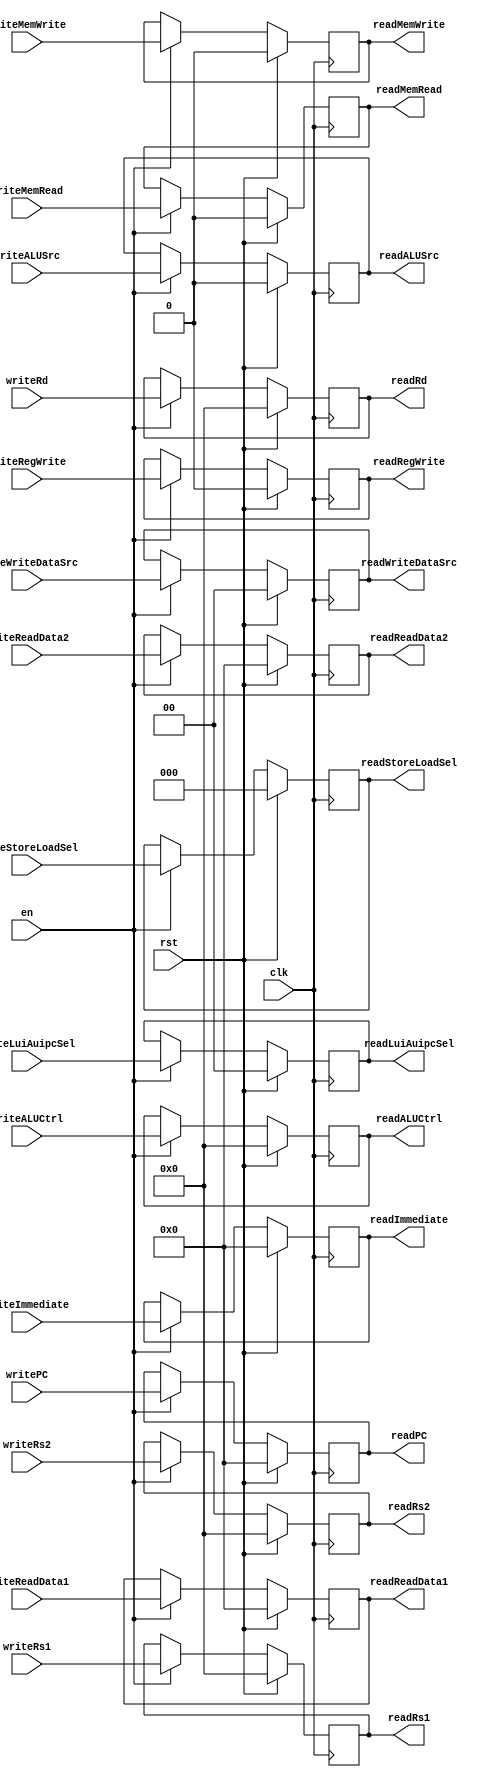
module IDEXRegs(
    input clk,
    input rst,
    input en,

    //Inputs
    input [31:0]    writePC,     //32 or 64 bits
    input [31:0]    writeReadData1,
    input [31:0]    writeReadData2,
    input [31:0]    writeImmediate,
    input [4:0]     writeRs1,
    input [4:0]     writeRs2,
    input [4:0]     writeRd,
    input           writeRegWrite,
    input [1:0]     writeWriteDataSrc,
    input [2:0]     writeStoreLoadSel,
    input           writeMemWrite,
    input           writeMemRead,
    input           writeALUSrc,
    input [1:0]     writeLuiAuipcSel,
    input [4:0]     writeALUCtrl,

    //DEBUG
    `ifdef DEBUGINSTRUCTION
        input [31:0]    writeInstruction,
        output [31:0]   readInstruction,
    `endif
    
    //Outputs
    output [31:0]   readPC,     //32 or 64 bits
    output [31:0]   readReadData1,
    output [31:0]   readReadData2,
    output [31:0]   readImmediate,
    output [4:0]    readRs1,
    output [4:0]    readRs2,
    output [4:0]    readRd,
    output          readRegWrite,
    output [1:0]    readWriteDataSrc,
    output [2:0]    readStoreLoadSel,
    output          readMemWrite,
    output          readMemRead,
    output          readALUSrc,
    output [1:0]     readLuiAuipcSel,
    output [4:0]    readALUCtrl
);

// Datapath
reg [31:0]  regPC;
reg [31:0]  regReadData1;
reg [31:0]  regReadData2;
reg [31:0]  regImmediate;
reg [4:0]   regRd;
`ifdef DEBUGINSTRUCTION
    reg [31:0]  regInstruction;
`endif

// Control
//To WB
reg regRegWrite;
reg [1:0] regWriteDataSrc;
//To MEM
reg [2:0] regStoreLoadSel;
reg regMemWrite;
reg regMemRead;
//To EX
reg regALUSrc;
reg[ 1:0] regLuiAuipcSel;
reg [4:0] regALUCtrl;

// Forwarding
reg [4:0]   regRs1;
reg [4:0]   regRs2;

always @(posedge clk) begin : WriteRegs
    if (rst == 0) begin
        if (en == 1) begin
            regPC <= writePC;
            regReadData1 <= writeReadData1;
            regReadData2 <= writeReadData2;
            regImmediate <= writeImmediate;
            regRd <= writeRd;
            regRegWrite <= writeRegWrite;
            regWriteDataSrc <= writeWriteDataSrc;
            regStoreLoadSel <= writeStoreLoadSel;
            regMemWrite <= writeMemWrite;
            regMemRead <= writeMemRead;
            regALUSrc <= writeALUSrc;
            regLuiAuipcSel <= writeLuiAuipcSel;
            regALUCtrl <= writeALUCtrl;
            regRs1 <= writeRs1;
            regRs2 <= writeRs2;
            `ifdef DEBUGINSTRUCTION
                regInstruction <= writeInstruction;
            `endif
        end
    end else begin
        regPC <= 0;
        regReadData1 <= 0;
        regReadData2 <= 0;
        regImmediate <= 0;
        regRd <= 0;
        regRegWrite <= 0;
        regWriteDataSrc <= 0;
        regStoreLoadSel <= 0;
        regMemWrite <= 0;
        regMemRead <= 0;
        regALUSrc <= 0;
        regLuiAuipcSel <= 0;
        regALUCtrl <= 0;
        regRs1 <= 0;
        regRs2 <= 0;
        `ifdef DEBUGINSTRUCTION
            regInstruction <= 0;
        `endif
    end
end

assign readPC = regPC;
assign readReadData1 = regReadData1;
assign readReadData2 = regReadData2;
assign readImmediate = regImmediate;
assign readRd = regRd;
assign readRegWrite = regRegWrite;
assign readWriteDataSrc = regWriteDataSrc;
assign readStoreLoadSel = regStoreLoadSel;
assign readMemWrite = regMemWrite;
assign readMemRead = regMemRead;
assign readALUSrc = regALUSrc;
assign readLuiAuipcSel = regLuiAuipcSel;
assign readALUCtrl = regALUCtrl;
assign readRs1 = regRs1;
assign readRs2 = regRs2;
`ifdef DEBUGINSTRUCTION
    assign readInstruction = regInstruction;
`endif

endmodule